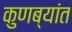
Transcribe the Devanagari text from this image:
कुणब्यांत